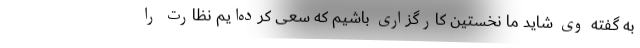
به گفته وی شاید ما نخستین کارگزاری باشیم که سعی کرده‌ایم نظارت را